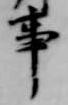
事